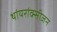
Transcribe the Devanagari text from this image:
थांयरांक्सीजन